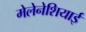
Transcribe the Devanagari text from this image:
मेलेनेशियाई